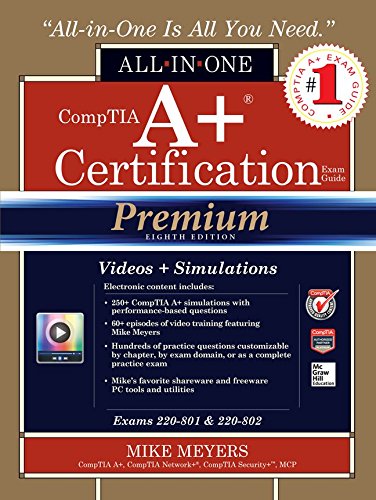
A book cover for CompTIA A+ Certification All-in-One Exam Guide, Premium Eighth Edition (Exams 220-801 & 220-802); Mike Meyers; Computers & Technology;